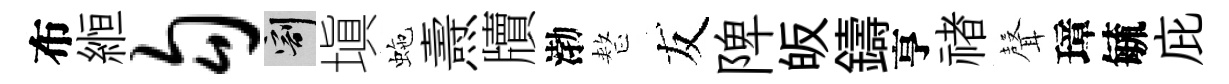
布縆勾割塡虵燾牘渤整友陴皈鑄亨禇𮋻璋毓庇